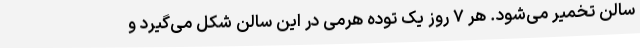
سالن تخمیر می‌شود. هر ۷ روز یک توده هرمی در این سالن شکل می‌گیرد و